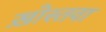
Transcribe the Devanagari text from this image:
ख़ोस्तवा